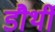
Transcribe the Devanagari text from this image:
डौर्थी